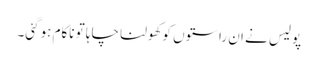
پولیس نے ان راستوں کوکھولنا چاہا تو ناکام ہوگئی۔